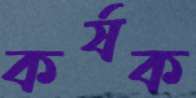
কর্ষক